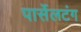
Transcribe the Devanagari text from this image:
पार्सेलटंग